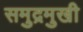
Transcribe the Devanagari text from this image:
समुद्रमुखी